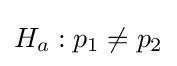
H_{a}:p_{1}\neq p_{2}